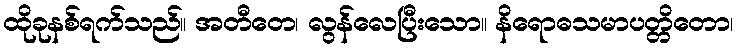
ထိုခုနစ်ရက်သည်။ အတီတေ၊ လွန်လေပြီးသော။ နိရောဓသမာပတ္တိတော၊